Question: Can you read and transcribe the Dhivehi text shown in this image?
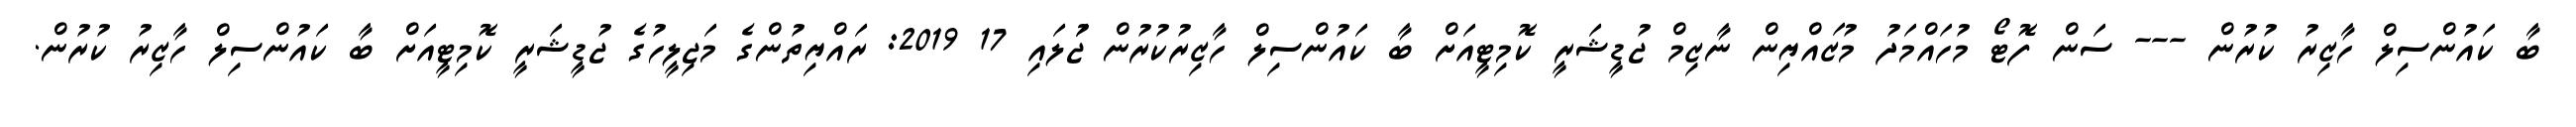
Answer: ބާ ކައުންސިލް ހާޒިރު ކުރުން --- ސަން ފޮޓޯ މުހައްމަދު މުޒައްޔިން ނާޒިމް ޖުޑީޝަރީ ކޮމިޓީއަށް ބާ ކައުންސިލް ހާޒިރުކުރުން ޖުަލައި 17 2019: ރައްޔިތުންގެ މަޖިލީހުގެ ޖުޑީޝަރީ ކޮމިޓީއަށް ބާ ކައުންސިލް ހާޒިރު ކުރުން.